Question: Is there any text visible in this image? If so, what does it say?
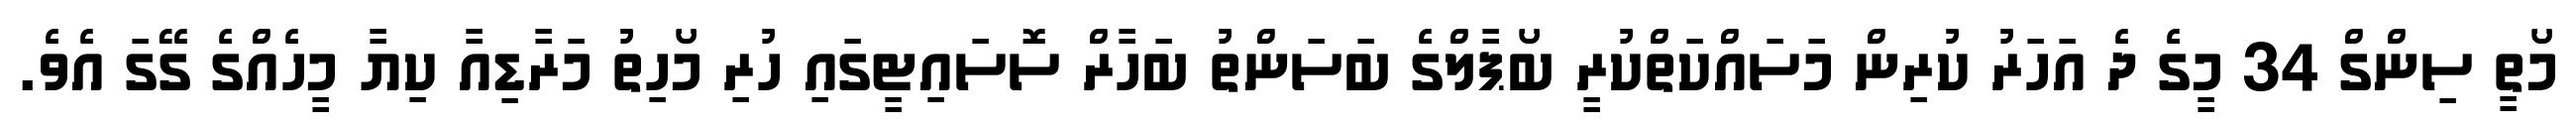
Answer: މޯތީ ސިންގް 34 މީގެ ދެ އަހަރު ކުރިން މަސައްކަތްކުރީ ބޯޕާލްގެ ބަސަންތު ބަހާރް ސޮސައިޓީގައި ހުރި މޯހިތު މަރާޑިއާ ކިޔާ މީހެއްގެ ގޭގަ އެވެ.